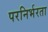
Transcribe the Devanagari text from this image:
परनिर्भरता